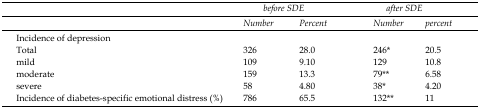
|  | <COLSPAN=2> before SDE | <COLSPAN=2> after SDE |
 |  | Number | Percent | Number | percent |
 | Incidence of depression | <COLSPAN=4>  |
 | --- | --- | --- | --- | --- |
 | Total | 326 | 28.0 | 246* | 20.5 |
 | mild | 109 | 9.10 | 129 | 10.8 |
 | moderate | 159 | 13.3 | 79** | 6.58 |
 | severe | 58 | 4.80 | 38* | 4.20 |
 | Incidence of diabetes-specific emotional distress (%) | 786 | 65.5 | 132** | 11 |